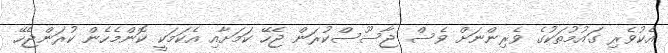
އެކުވެރި ގައުމުތަކުގެ ވެރިންނަށް ވެސް ޖާސޫސްކުރަން ޖެހޭ ކަމަށާއި އެކަމަކީ ކޮންމެހެން ކުރަންޖެހޭ